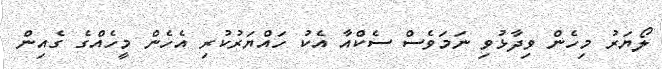
ލޯޔަރު މިހެން ވިދާޅުވި ނަމަވެސް ސެކްއާ އެކު ހައްޔަރުކުރި އެހެން މީހެއްގެ ގެއިން